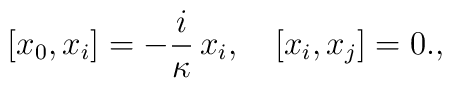
[x_0, x_i] = -\frac{i}{\kappa}\, x_i, \quad [x_i, x_j] = 0.,